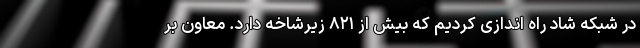
در شبکه شاد راه اندازی کردیم که بیش از ۸۲۱ زیرشاخه دارد. معاون بر